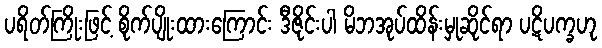
ပရိတ်ကြိုးဖြင့် စိုက်ပျိုးထားကြောင်း ဒီဇိုင်းပါ မိဘအုပ်ထိန်းမှုဆိုင်ရာ ပဋိပက္ခဟု